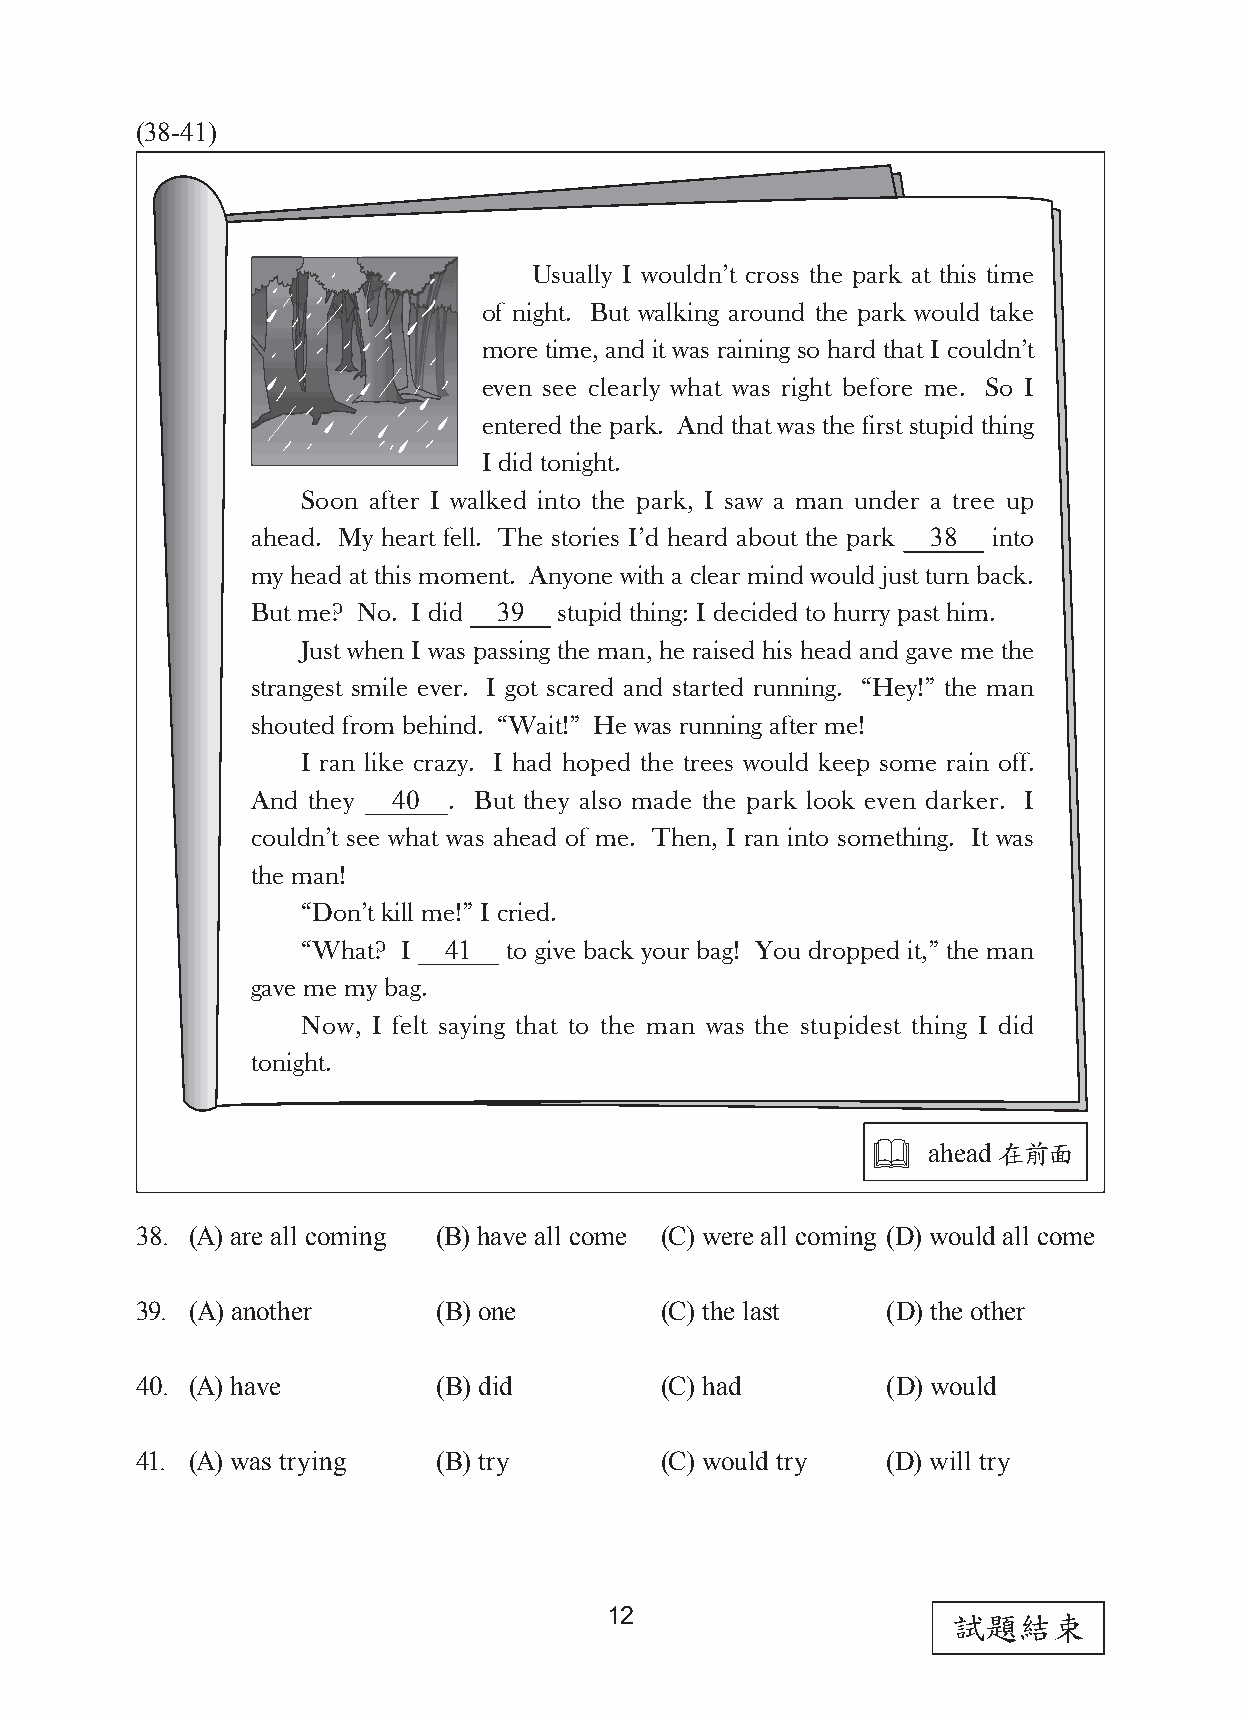
(38-41)
 Usually I wouldn’t cross the park at this time
 of night. But walking around the park would take
 more time, and it was raining so hard that I couldn’t
 even see clearly what was right before me. So I
 entered the park. And that was the first stupid thing
 I did tonight.
 Soon after I walked into the park, I saw a man under a tree up
 ahead. My heart fell. The stories I’d heard about the park 38 into
 my head at this moment. Anyone with a clear mind would just turn back.
 But me? No. I did 39 stupid thing: I decided to hurry past him.
 Just when I was passing the man, he raised his head and gave me the
 strangest smile ever. I got scared and started running. “Hey!” the man
 shouted from behind. “Wait!” He was running after me!
 I ran like crazy. I had hoped the trees would keep some rain off.
 And they 40  . But they also made the park look even darker. I
 couldn’t see what was ahead of me. Then, I ran into something. It was
 the man!
 “Don’t kill me!” I cried.
 “What? I 41   to give back your bag! You dropped it,” the man
 gave me my bag.
 Now, I felt saying that to the man was the stupidest thing I did
 tonight.
   ahead 在前面
 38. (A) are all coming (B) have all come (C) were all coming (D) would all come
 39. (A) another     (B) one        (C) the last   (D) the other
 40. (A) have        (B) did        (C) had        (D) would
 41. (A) was trying  (B) try        (C) would try  (D) will try
 12                     試題結束